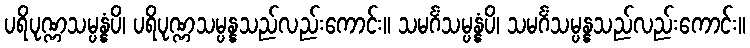
ပရိပုဏ္ဏသမ္ပန္နံပိ၊ ပရိပုဏ္ဏသမ္ပန္နသည်လည်းကောင်း။ သမင်္ဂံသမ္ပန္နံပိ၊ သမင်္ဂံသမ္ပန္နသည်လည်းကောင်း။